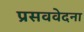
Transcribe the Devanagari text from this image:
प्रसववेदना